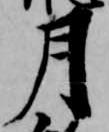
月